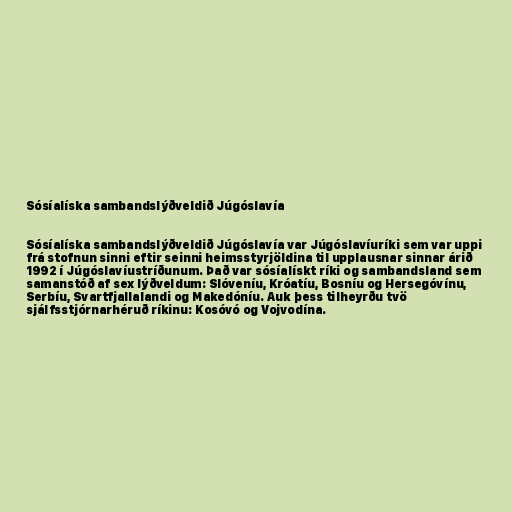
Sósíalíska sambandslýðveldið Júgóslavía

Sósíalíska sambandslýðveldið Júgóslavía var Júgóslavíuríki sem var uppi
frá stofnun sinni eftir seinni heimsstyrjöldina til upplausnar sinnar árið
1992 í Júgóslavíustríðunum. Það var sósíalískt ríki og sambandsland sem
samanstóð af sex lýðveldum: Slóveníu, Króatíu, Bosníu og Hersegóvínu,
Serbíu, Svartfjallalandi og Makedóníu. Auk þess tilheyrðu tvö
sjálfsstjórnarhéruð ríkinu: Kosóvó og Vojvodína.